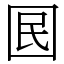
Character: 囻